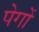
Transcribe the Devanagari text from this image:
पेगों